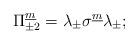
LaTeX: \begin{align*}\Pi^{\underline m}_{\pm2}=\lambda_{\pm}\sigma^{\underline m}\lambda_{\pm};\end{align*}